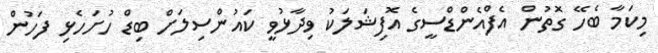
މިކަމާ ބެހޭ ގޮތުން އެފްއެންޑްސީގެ އޮފިޝަލަކު ވިދާޅުވީ ކައުންސިލަށް ބިޑް ހުށަހެޅި ފަހުން